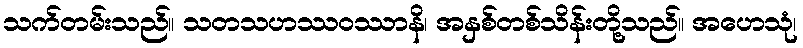
သက်တမ်းသည်။ သတသဟဿဝဿာနိ၊ အနှစ်တစ်သိန်းတို့သည်။ အဟေသုံ၊